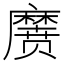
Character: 𱋱